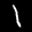
Label: 1